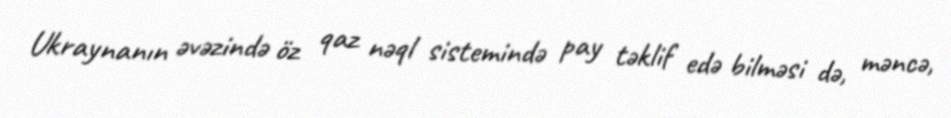
Ukraynanın əvəzində öz qaz nəql sistemində pay təklif edə bilməsi də, məncə,